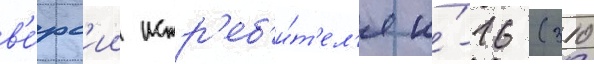
в'е́рс'ии истр'еб'и́т'ел'я и́-16 (310